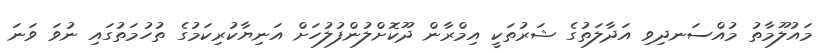
މައުލޫމާތު މުއްސަނދިވި އަދާލަތުގެ ޝަރުތަކީ އިމްރާން ދޫކޮށްލުންފުލުހަށް އަނިޔާކުރިކަމުގެ ތުހުމަތުގައި ނުވަ ވަނަ